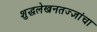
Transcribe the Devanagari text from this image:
शुद्धलेखनतज्‍ज्ञांचा